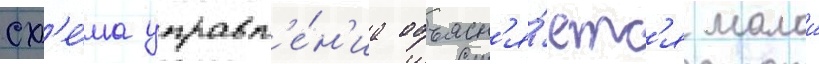
сх'е́ма управл'е́н'иа объясн'я́етс'я малои